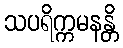
သပရိက္ကမနန္တိ